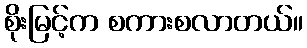
စိုးမြင့်က စကားစလာတယ်။